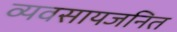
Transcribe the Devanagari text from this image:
व्यवसायजनित